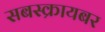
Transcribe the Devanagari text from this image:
सबस्क्रायबर